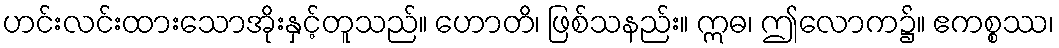
ဟင်းလင်းထားသောအိုးနှင့်တူသည်။ ဟောတိ၊ ဖြစ်သနည်း။ ဣဓ၊ ဤလောက၌။ ဧကစ္စဿ၊